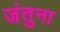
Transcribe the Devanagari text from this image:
जंतुना